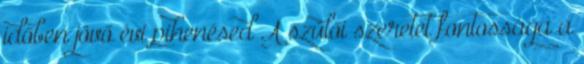
időben jövő évi pihenésed A szülői szeretet fontossága a